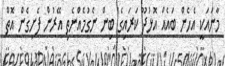
މާނައަކީ އެހެން ބައެއް އޮޅުދޫ ކަރައިގެ ބިން ނެގުމެއްނެތި އޭރުން ފެށިގެން އޮތް